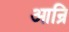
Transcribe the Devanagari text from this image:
आन्रि